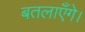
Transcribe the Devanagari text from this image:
बतलाएँगे।